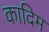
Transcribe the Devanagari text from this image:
कादिम